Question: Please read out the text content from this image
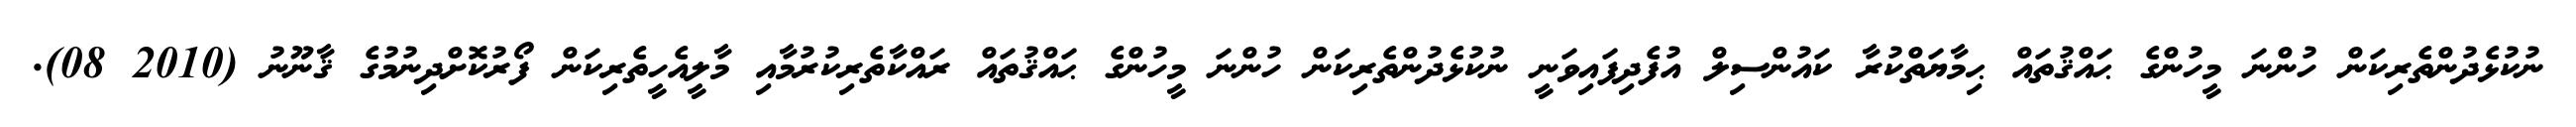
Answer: ނުކުޅެދުންތެރިކަން ހުންނަ މީހުންގެ ޙައްޤުތައް ޙިމާޔަތްކުރާ ކައުންސިލް އުފެދިފައިވަނީ ނުކުޅެދުންތެރިކަން ހުންނަ މީހުންގެ ޙައްޤުތައް ރައްކާތެރިކުރުމާއި މާލީއެހީތެރިކަން ފޯރުކޮށްދިނުމުގެ ޤާނޫނު (2010 08).